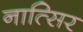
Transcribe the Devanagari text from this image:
नात्सिर